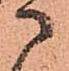
に